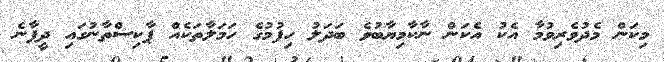
މިކަން މެދުވެރިވުމާ އެކު އެކަން ނާކާމިޔާބުވެ ބަދަލު ހިފުމުގެ ހަމަލާތަކެއް ޕާކިސްތާނުގައި ދީފާނެ